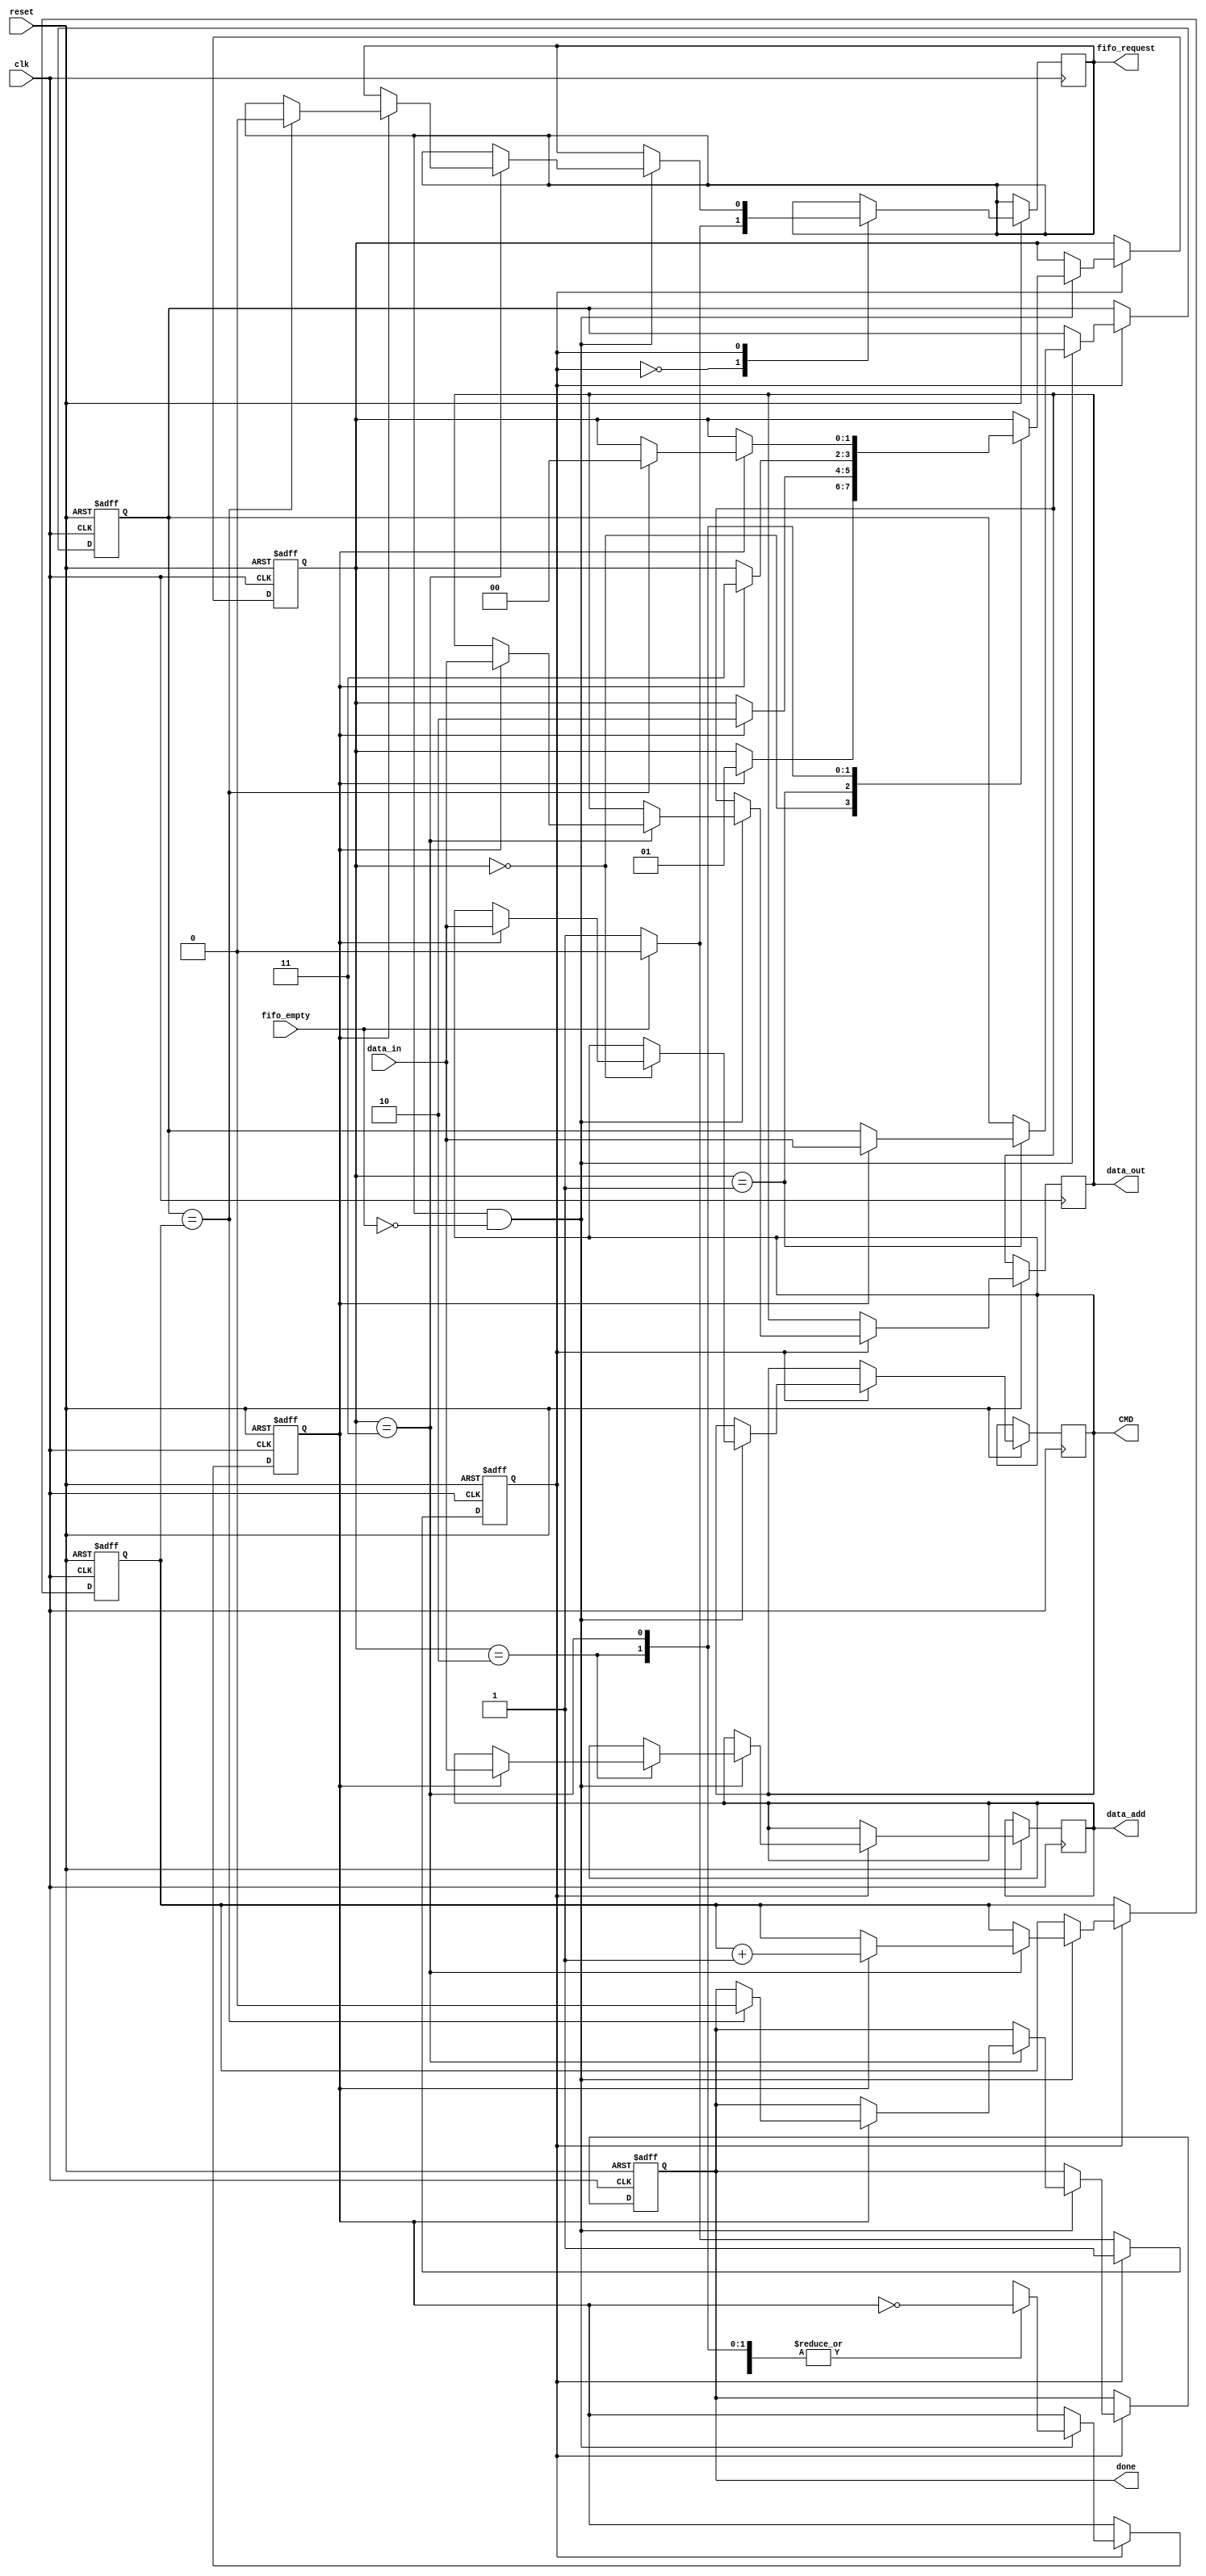
module UARTCMD (
    input wire clk,
    input wire reset,

    input wire fifo_empty,
    output reg fifo_request,
    input wire [31:0] data_in,

    output reg [31:0] CMD,
    output reg [31:0] data_add,
    output reg [31:0] data_out,
    output reg done
);
    
localparam 
    IDLE = 0,
    BUSY = 1;

localparam
    CMD_MODE  = 0,
    SIZE_MODE = 1,
    ADDR_MODE = 2,
    DATA_MODE = 3;

reg state = 0;
reg [1:0] cmd_state = 0;

reg add_data = 0;
reg [31:0] SIZE = 0;
reg [31:0] COUNT = 0;
reg switch = 0;
always @(posedge clk, negedge reset) begin
    if (!reset) begin
        done <= 0;
        state <= 0;
        cmd_state <= 0;
        SIZE <= 0;
        COUNT <= 0;
        switch <= 0;
    end else begin
        case (state)
            IDLE: begin
                if (!fifo_empty) begin
                    fifo_request <= 1;
                    state <= BUSY;
                end else begin
                    fifo_request <= 0;
                    state <= IDLE;
                end
            end
            BUSY: begin
                if (fifo_request && !fifo_empty) begin
                    case (cmd_state)
                        CMD_MODE: begin
                            if (!switch) begin
                                switch <= ~switch; 
                            end else begin
                                CMD <= data_in;
                                cmd_state <= SIZE_MODE;
                                switch <= ~switch; 
                            end
                        end
                        SIZE_MODE: begin
                            if (!switch) begin
                                switch <= ~switch; 
                            end else begin
                                SIZE <= data_in;
                                cmd_state <= ADDR_MODE;
                                switch <= ~switch; 
                            end
                        end
                        ADDR_MODE: begin
                            if (!switch) begin
                               switch <= ~switch; 
                            end else begin
                                data_add <= data_in;
                                cmd_state <= DATA_MODE;
                                switch <= ~switch; 
                            end
                        end
                        DATA_MODE: begin
                            if (!switch) begin
                               switch <= ~switch; 
                            end else begin
                                data_out <= data_in;
                                switch <= ~switch;
                                COUNT <= COUNT + 1;
                                if (SIZE == COUNT) begin
                                    cmd_state <= CMD_MODE;
                                    fifo_request <= 0;
                                    done <= 0;
                                end 
                            end
                        end
                        default: cmd_state <= CMD_MODE; 
                    endcase
                end
            end
            default: state <= IDLE; 
        endcase
    end
end
endmodule